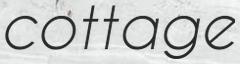
cottage